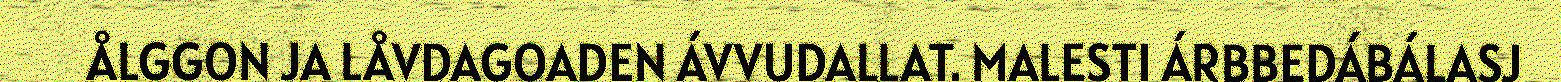
ÅLGGON JA LÅVDAGOADEN ÁVVUDALLAT. MALESTI ÁRBBEDÁBÁLASJ